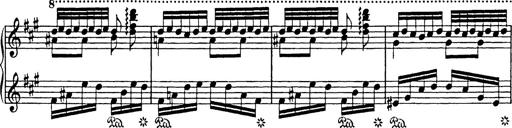
Title: Mephisto Polka
Composer: Franz Liszt